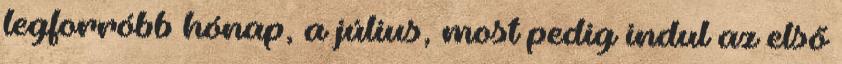
legforróbb hónap, a július, most pedig indul az első